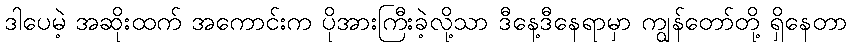
ဒါပေမဲ့ အဆိုးထက် အကောင်းက ပိုအားကြီးခဲ့လို့သာ ဒီနေ့ဒီနေရာမှာ ကျွန်တော်တို့ ရှိနေတာ